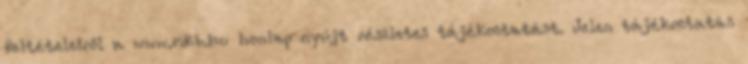
feltételeiről a www.mkb.hu honlap nyújt részletes tájékoztatást. Jelen tájékoztatás